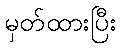
မှတ်ထားပြီး